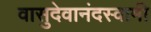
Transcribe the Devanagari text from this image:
वासुदेवानंदस्वामी